Annual report of the Imperial Bacteriologist
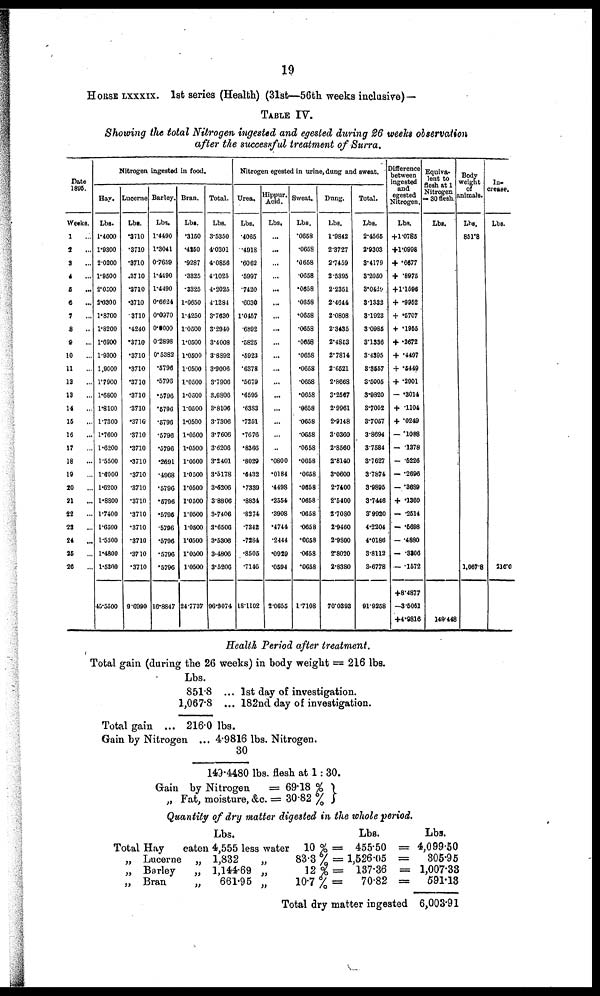
19
HORSE LXXXIX. 1st series (Health) (31st—56th weeks inclusive)—
TABLE IV.
Showing the total Nitrogen ingested and egested during 26 weeks observation
after the successful treatment of Surra.
Date
1895.
Weeks.
1
2
3
4
5
....
6
...
7
8
..
9
10
...
11
12
13
14
...
15
...
16
...
17
18
...
19
20
21
...
22
...
23
...
24
25
26
Nitrogen ingested in food.
Hay.
Lbs.
1.4000
1.9300
2.0200
1.9500
2.0500
2.0300
1.8700
1.8200
1.6900
1.9300
1.9000
1.7900
1.6800
1.8100
1.7300
1.7600
1.6200
1.5500
1.6000
1.6200
1.8800
1.7400
1.6500
1.5300
1.4800
1.5200
45.5500
Lucerne
Lbs.
.3710
.3710
.3710
.3710
.3710
.3710
3710
.4240
.3710
.3710
.3710
.3710
.3710
.3710
.3710
.3710
.3710
.3710
.3710
.3710
.3710
.3710
.3710
.3710
.3710
.3710
9.6990
Barley.
Lbs.
1.4490
1.3041
0.7659
1.4490
1.4490
0.6624
0.0970
0.0000
0.2898
0.5382
.5796
.5796
.5796
.5796
.5796
.5796
.5796
.2691
.4968
.5796
.5796
.5796
.5796
.5796
.5796
.5796
16.8847
Bran.
Lbs.
.3150
.4250
.9287
.3325
.3325
1.0650
1.4250
1.0500
1.0500
1.0500
1.0500
1.0500
1.0500
1.0500
1.0500
1.0500
1.0500
1.0500
1.0500
1.0500
1.0500
1.0500
1.0500
1.0500
1.0500
1.0500
24.7737
Total.
Lbs.
3.5350
4.0301
4.0856
4.1025
4.2025.
4.1284
3.7630
3.2940
3.4008
3.8892
3.9006
3.7906
3.6806
3.8106
3.7306
3.7606
3.6206
3.2401
3.5178
3.6206
3.8806
3.7406
3.6506
3.5306
3.4806
3.5206
96.9074
Nitrogen egested in urine, dung and sweat.
Urea.
Lbs.
.4065
.4918
.6062
.5997
.7420
.6030
1.0457
.6892
.5825
.5923
.6378
.5679
.6595
.6383
.7251
.7676
.8366
.8029
.6432
.7339
.8834
.8274
.7342
.7284
.8505
.7146
18.1102
Hippur.
Acid.
Lbs.
...
...
...
...
...
...
...
...
...
...
...
...
...
...
...
..
.0800
.0184
.4498
.2554
.3908
.4744
.2444
.0929
.0594
2.0655
Sweat.
Lbs.
.0658
.0658
.0658
.0658
.0658
.0658
.0658
.0658
.0658
.0658
.0658
.0658
.0658
.0658
.0658
.0658
.0658
•0658
.0658
•0658
.0658
•0658
.0658
•0658
•0658
•0658
1.7108
Dung.
Lbs.
1.9842
2.3727
2.7459
2.5395
2.2351
2.4644
2.0808
2.3435
2.4853
2.7814
2.6521
2.8668
3.2567
2.9961
2.9148
3.0360
2.8560
2.8140
3.0600
2.7400
2.5400
2.7080
2.9460
2.9800
2.8020
2.8380
70.0393
Total.
Lbs.
2.4565
2.9303
3.4179
3.2050
3.0429
3.1332
3.1923
3.0985
3.1336
3.4395
3.3557
3.5005
3.9820
3.7002
3.7057
3.8694
3.7584
3.7627
3.7874
3.9895
3.7446
3.9920
4.2204
4.0186
3.8112
3.6778
91.9258
Difference
between
ingested
and
egested
Nitrogen.
Lbs.
+1.0785
+1.0998
+ .6677
+ .8975
+1.1596
+ .9952
+ .5707
+ .1955
+ .2672
+ .4497
+ .5449
+ .2901
— .3014
+ .1104
+ .0249
— .1088
— .1378
— .5226
— .2696
— .3689
+ .1360
— 2514
— .5698
— .4880
— .3306
— .1572
+8.4877
—3.5061
+4.9816
Equiva-
lent to
flesh at 1
Nitrogen ,
-30 flesh.
Lbs.
149.448
Body
weight
of
animals.
Lbs.
851.8
1,067.8
In-
crease.
Lbs.
210.0
Health Period after treatment.
Total gain (during the 26 weeks) in body weight = 216 lbs.
Lbs.
851.8 ... 1st day of investigation.
1,067.8 ... 182nd day of investigation.
Total gain ... 216.0 lbs.
Gain by Nitrogen ... 4.9816 lbs. Nitrogen.
30
149.4480 lbs. flesh at 1: 30.
Gain by Nitrogen
= 69.18 % }
„ Fat, moisture, &c. = 30.82 %
Quantity of dry matter digested in the whole period.
Total
„
„
„
Lbs.
Hay
eaten 4,555 less water
Lucerne „ 1,832
„
Barley
„ 1,144.69 „
Bran
„
661.95 „
10%=
83.3 % =
12%=
10.7 % =
Lbs.
455.50 =
1,526.05 =
137.36 =
70.82 =
Total dry matter ingested
Lbs.
4,099.50
305.95
1,007.33
591.13
6,003.91